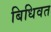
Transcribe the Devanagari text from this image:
बिधिवत